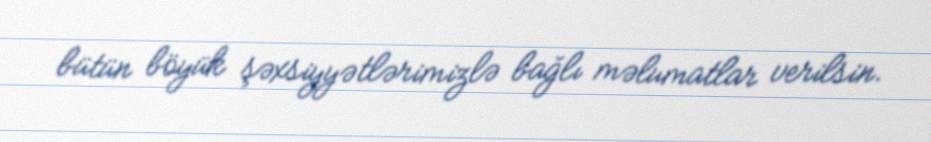
bütün böyük şəxsiyyətlərimizlə bağlı məlumatlar verilsin.